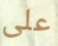
على